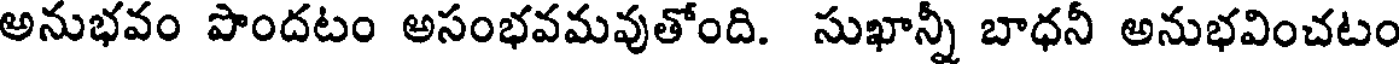
అనుభవం పొందటం అసంభవమవుతోంది. సుఖాన్నీ బాధనీ అనుభవించటం